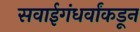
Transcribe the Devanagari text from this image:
सवाईगंधर्वांकडून